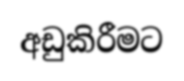
අඩුකිරීමට